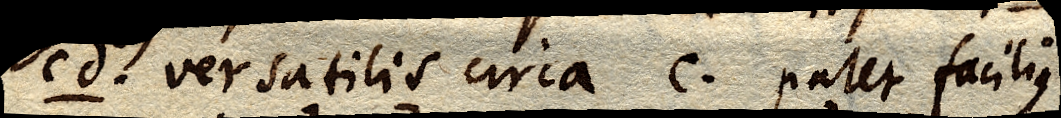
cd. versatilis circa c. patet facilius